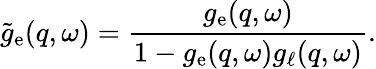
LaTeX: \tilde{g}_{\mathrm{e}}(q,\omega)=\frac{g_{\mathrm{e}}(q,\omega)}{1-g_{\mathrm{e}}(q,\omega)g_{\ell}(q,\omega)}.